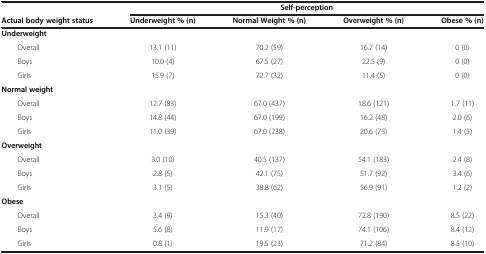
<table><thead><tr><td><b> </b></td><td colspan="4"><b>Self-perception</b></td></tr><tr><td><b>Actual body weight status</b></td><td><b>Underweight % (n)</b></td><td><b>Normal Weight % (n)</b></td><td><b>Overweight % (n)</b></td><td><b>Obese % (n)</b></td></tr></thead><tbody><tr><td><b>Underweight</b></td><td> </td><td> </td><td> </td><td> </td></tr><tr><td>Overall</td><td>13.1 (11)</td><td>70.2 (59)</td><td>16.7 (14)</td><td>0 (0)</td></tr><tr><td>Boys</td><td>10.0 (4)</td><td>67.5 (27)</td><td>22.5 (9)</td><td>0 (0)</td></tr><tr><td>Girls</td><td>15.9 (7)</td><td>72.7 (32)</td><td>11.4 (5)</td><td>0 (0)</td></tr><tr><td><b>Normal weight</b></td><td> </td><td> </td><td> </td><td> </td></tr><tr><td>Overall</td><td>12.7 (83)</td><td>67.0 (437)</td><td>18.6 (121)</td><td>1.7 (11)</td></tr><tr><td>Boys</td><td>14.8 (44)</td><td>67.0 (199)</td><td>16.2 (48)</td><td>2.0 (6)</td></tr><tr><td>Girls</td><td>11.0 (39)</td><td>67.0 (238)</td><td>20.6 (73)</td><td>1.4 (5)</td></tr><tr><td><b>Overweight</b></td><td> </td><td> </td><td> </td><td> </td></tr><tr><td>Overall</td><td>3.0 (10)</td><td>40.5 (137)</td><td>54.1 (183)</td><td>2.4 (8)</td></tr><tr><td>Boys</td><td>2.8 (5)</td><td>42.1 (75)</td><td>51.7 (92)</td><td>3.4 (6)</td></tr><tr><td>Girls</td><td>3.1 (5)</td><td>38.8 (62)</td><td>56.9 (91)</td><td>1.2 (2)</td></tr><tr><td><b>Obese</b></td><td> </td><td> </td><td> </td><td> </td></tr><tr><td>Overall</td><td>3.4 (9)</td><td>15.3 (40)</td><td>72.8 (190)</td><td>8.5 (22)</td></tr><tr><td>Boys</td><td>5.6 (8)</td><td>11.9 (17)</td><td>74.1 (106)</td><td>8.4 (12)</td></tr><tr><td>Girls</td><td>0.8 (1)</td><td>19.5 (23)</td><td>71.2 (84)</td><td>8.5 (10)</td></tr></tbody></table>